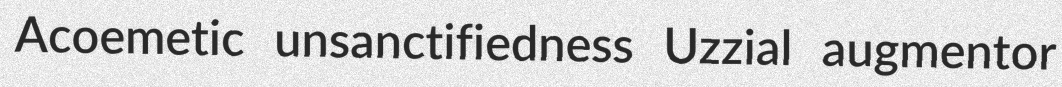
Acoemetic unsanctifiedness Uzzial augmentor